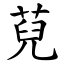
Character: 萖